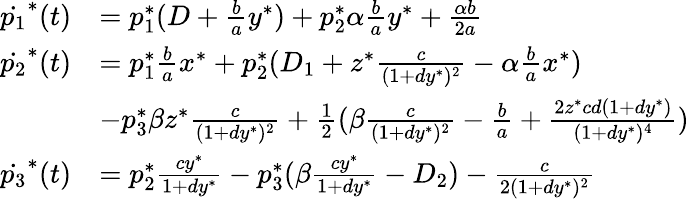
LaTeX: \begin{array}{rl}{\dot{p_{1}}^{*}(t)}&{=p_{1}^{*}(D+\frac{b}{a}y^{*})+p_{2}^{*}\alpha\frac{b}{a}y^{*}+\frac{\alpha b}{2a}}\\ {\dot{p_{2}}^{*}(t)}&{=p_{1}^{*}\frac{b}{a}x^{*}+p_{2}^{*}(D_{1}+z^{*}\frac{c}{(1+dy^{*})^{2}}-\alpha\frac{b}{a}x^{*})}\\ &{-p_{3}^{*}\beta z^{*}\frac{c}{(1+dy^{*})^{2}}+\frac{1}{2}(\beta\frac{c}{(1+dy^{*})^{2}}-\frac{b}{a}+\frac{2z^{*}cd(1+dy^{*})}{(1+dy^{*})^{4}})}\\ {\dot{p_{3}}^{*}(t)}&{=p_{2}^{*}\frac{cy^{*}}{1+dy^{*}}-p_{3}^{*}(\beta\frac{cy^{*}}{1+dy^{*}}-D_{2})-\frac{c}{2(1+dy^{*})^{2}}}\end{array}